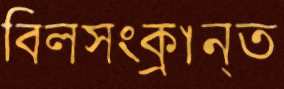
বিলসংক্রান্ত